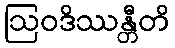
ဩဝဒိဿန္တီတိ